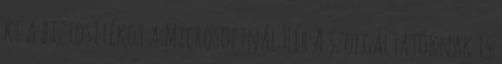
ki a biztosítékot a Microsoftnál Hír A szolgáltatóknak is